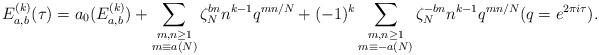
LaTeX: \begin{align*}E^{(k)}_{a,b}(\tau) = a_0(E^{(k)}_{a,b}) + \sum_{\substack{m,n\geq 1 \\ m \equiv a (N)}} \zeta_N^{bn} n^{k-1} q^{mn/N} + (-1)^k \sum_{\substack{m,n\geq 1 \\ m \equiv -a (N)}} \zeta_N^{-bn} n^{k-1} q^{mn/N} (q=e^{2\pi i\tau}).\end{align*}